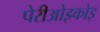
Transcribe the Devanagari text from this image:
पेरीओइकोइ